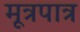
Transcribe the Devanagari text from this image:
मूत्रपात्र